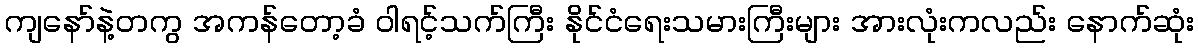
ကျနော်နဲ့တကွ အကန်တော့ခံ ဝါရင့်သက်ကြီး နိုင်ငံရေးသမားကြီးများ အားလုံးကလည်း နောက်ဆုံး